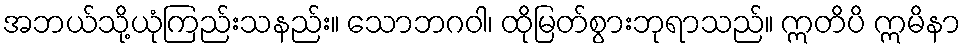
အဘယ်သို့ယုံကြည်းသနည်း။ သောဘဂဝါ၊ ထိုမြတ်စွားဘုရာသည်။ ဣတိပိ ဣမိနာ